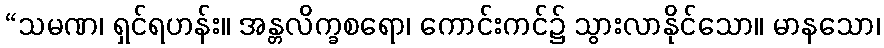
“သမဏ၊ ရှင်ရဟန်း။ အန္တလိက္ခစရော၊ ကောင်းကင်၌ သွားလာနိုင်သော။ မာနသော၊